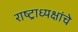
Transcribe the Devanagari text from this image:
राष्‍ट्राध्‍यक्षांचे